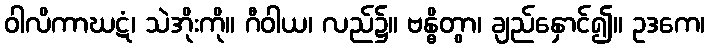
ဝါလိကာဃဋံ၊ သဲအိုးကို။ ဂီဝါယ၊ လည်၌။ ဗန္ဓိတွာ၊ ချည်နှောင်၍။ ဥဒကေ၊